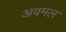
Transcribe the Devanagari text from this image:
अवमल